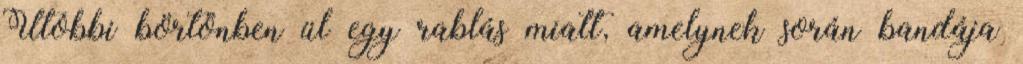
Utóbbi börtönben ül egy rablás miatt, amelynek során bandája